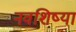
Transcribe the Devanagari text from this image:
नवशिष्या